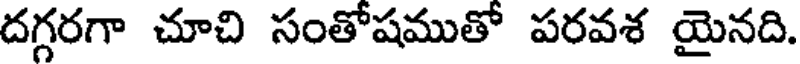
దగ్గరగా చూచి సంతోషముతో పరవశ యైనది.